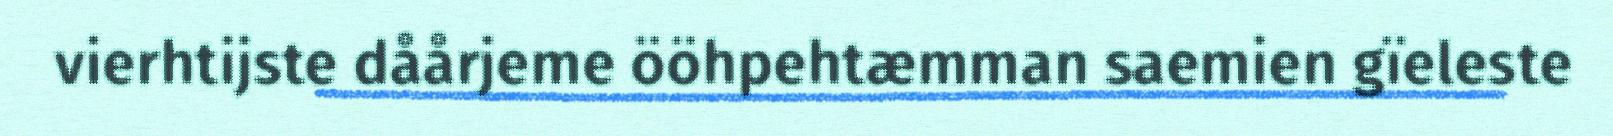
vierhtijste dåårjeme ööhpehtæmman saemien gïeleste